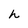
Character: h